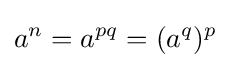
a^{n}=a^{pq}=(a^{q})^{p}